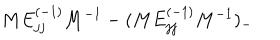
M E _ { j j } ^ { ( - 1 ) } M ^ { - 1 } - ( M E _ { j j } ^ { ( - 1 ) } M ^ { - 1 } ) _ { - }